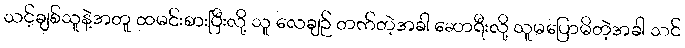
သင့်ချစ်သူနဲ့အတူ ထမင်းစားပြီးလို့ သူ လေချဉ် တက်တဲ့အခါ ဆောရီးလို့ သူမပြောမိတဲ့အခါ သင်